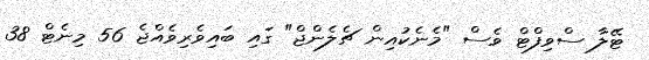
ޓޭލާ ސްވިފްޓް ވެސް "މެނެކުއިން ޗެލެންޖް" ގައި ބައިވެރިވެއްޖެ 56 މިނެޓް 38